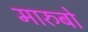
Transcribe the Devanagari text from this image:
मारुबो